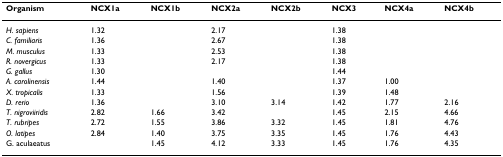
<table><thead><tr><td><b>Organism</b></td><td><b>NCX1a</b></td><td><b>NCX1b</b></td><td><b>NCX2a</b></td><td><b>NCX2b</b></td><td><b>NCX3</b></td><td><b>NCX4a</b></td><td><b>NCX4b</b></td></tr></thead><tbody><tr><td><i>H. sapiens</i></td><td>1.32</td><td></td><td>2.17</td><td></td><td>1.38</td><td></td><td></td></tr><tr><td><i>C. familiaris</i></td><td>1.36</td><td></td><td>2.67</td><td></td><td>1.38</td><td></td><td></td></tr><tr><td><i>M. musculus</i></td><td>1.33</td><td></td><td>2.53</td><td></td><td>1.38</td><td></td><td></td></tr><tr><td><i>R. novergicus</i></td><td>1.33</td><td></td><td>2.17</td><td></td><td>1.38</td><td></td><td></td></tr><tr><td><i>G. gallus</i></td><td>1.30</td><td></td><td></td><td></td><td>1.44</td><td></td><td></td></tr><tr><td><i>A. carolinensis</i></td><td>1.44</td><td></td><td>1.40</td><td></td><td>1.37</td><td>1.00</td><td></td></tr><tr><td><i>X. tropicalis</i></td><td>1.33</td><td></td><td>1.56</td><td></td><td>1.39</td><td>1.48</td><td></td></tr><tr><td><i>D. rerio</i></td><td>1.36</td><td></td><td>3.10</td><td>3.14</td><td>1.42</td><td>1.77</td><td>2.16</td></tr><tr><td><i>T. nigroviiridis</i></td><td>2.82</td><td>1.66</td><td>3.42</td><td></td><td>1.45</td><td>2.15</td><td>4.66</td></tr><tr><td><i>T. rubripes</i></td><td>2.72</td><td>1.55</td><td>3.86</td><td>3.32</td><td>1.45</td><td>1.81</td><td>4.76</td></tr><tr><td><i>O. latipes</i></td><td>2.84</td><td>1.40</td><td>3.75</td><td>3.35</td><td>1.45</td><td>1.76</td><td>4.43</td></tr><tr><td>G. aculaeatus</td><td></td><td>1.45</td><td>4.12</td><td>3.33</td><td>1.45</td><td>1.76</td><td>4.35</td></tr></tbody></table>